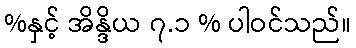
%နှင့် အိန္ဒိယ ၇.၁ % ပါဝင်သည်။